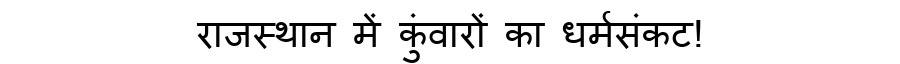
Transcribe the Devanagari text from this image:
राजस्थान में कुंवारों का धर्मसंकट!